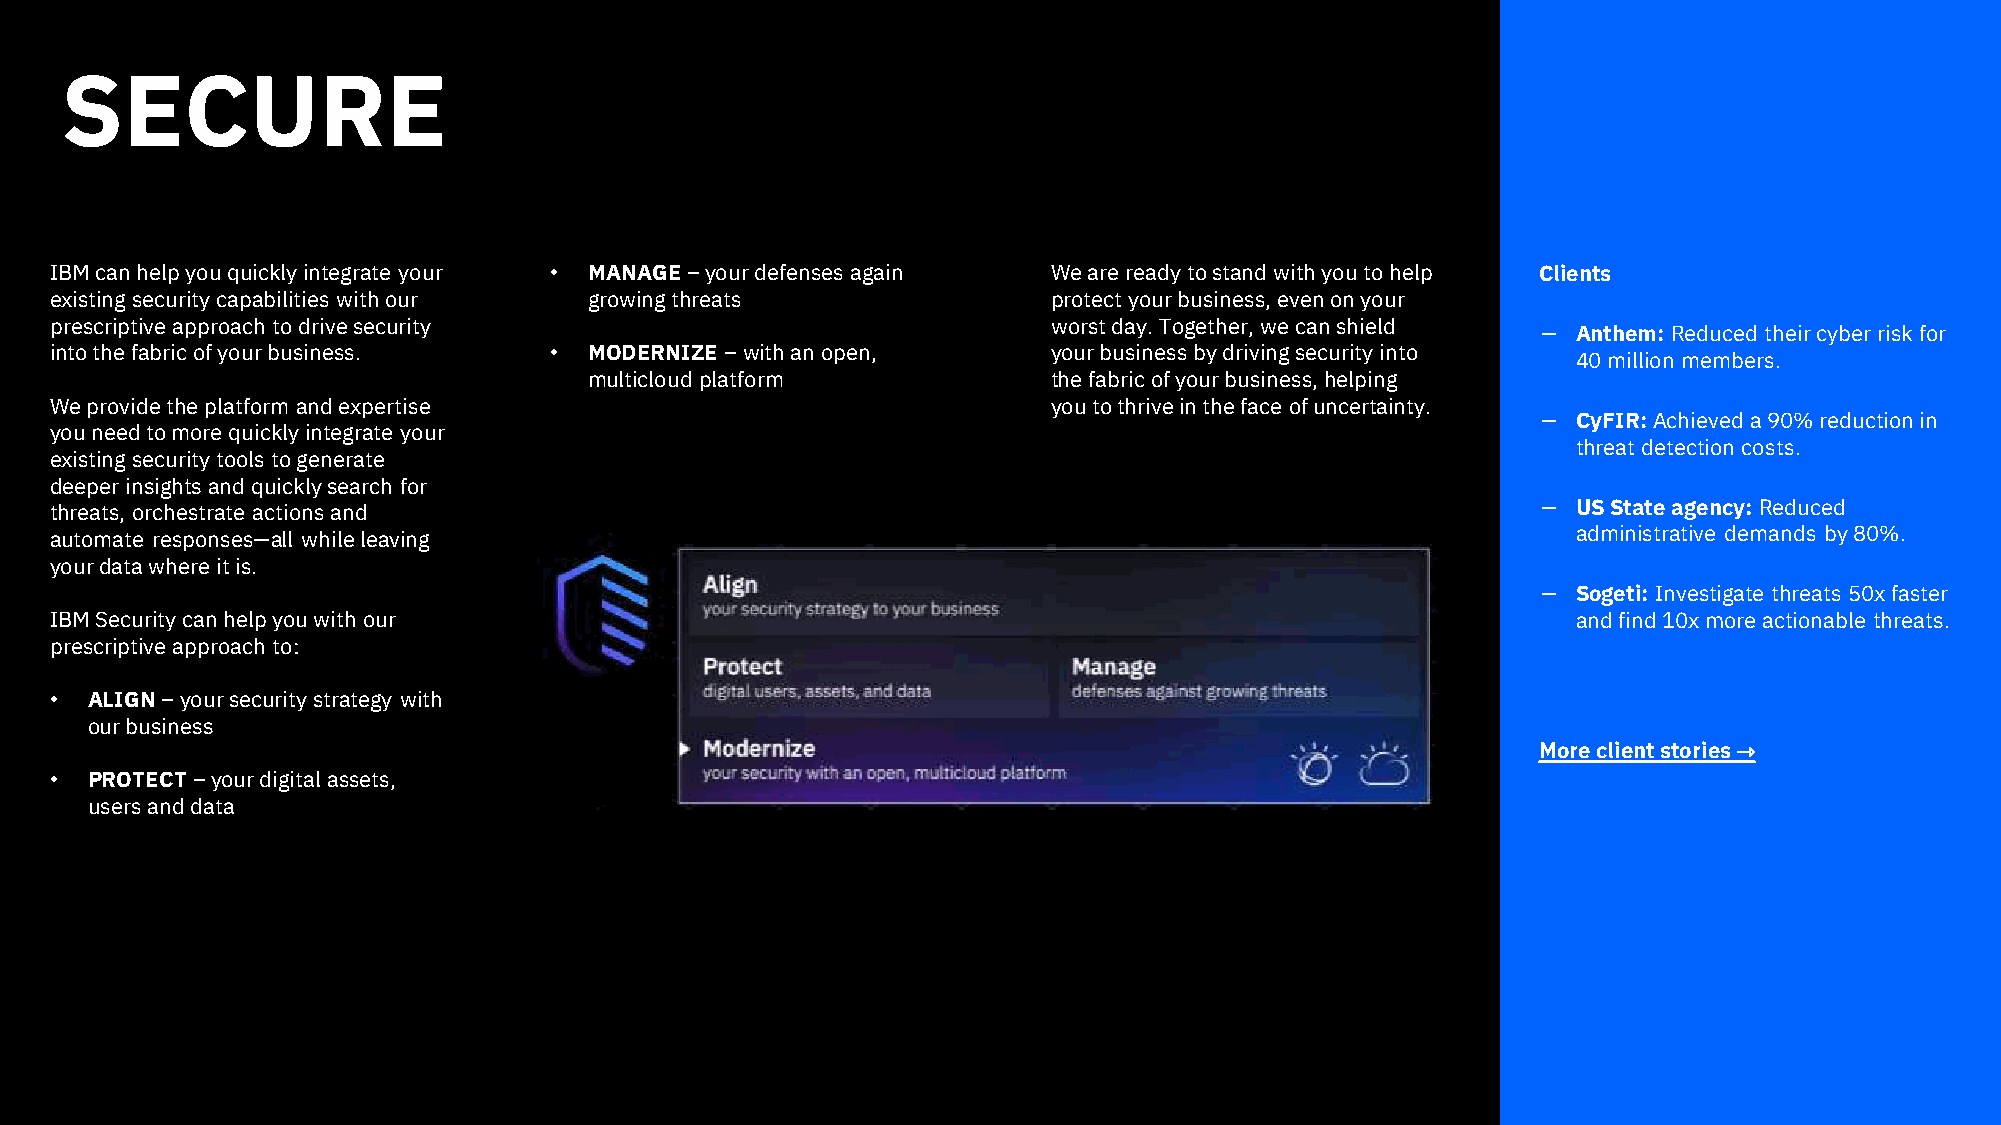
SECURE
 IBM can help you quickly integrate your • MANAGE –your defenses again We are ready to stand with you to help Clients
 existing security capabilities with our growing threats            protect your business, even on your
 prescriptive approach to drive security                            worst day. Together, we can shield
 － Anthem: Reduced their cyber risk for
 into the fabric of your business. • MODERNIZE –with an open,       your business by driving security into
 40 million members.
 multicloud platform            the fabric of your business, helping
 We provide the platform and expertise                              you to thrive in the face of uncertainty.
 － CyFIR: Achieved a 90% reduction in
 you need to more quickly integrate your
 threat detection costs.
 existing security tools to generate
 deeper insights and quickly search for
 threats, orchestrate actions and                                                                   － US State agency: Reduced
 automate responses—all while leaving                                                                 administrative demands by 80%.
 your data where it is.
 － Sogeti: Investigate threats 50x faster
 IBM Security can help you with our                                                                   and find 10x more actionable threats.
 prescriptive approach to:
 •  ALIGN –your security strategy with
 our business
 More client stories ⇾
 •  PROTECT –your digital assets,
 users and data